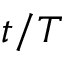
t / T